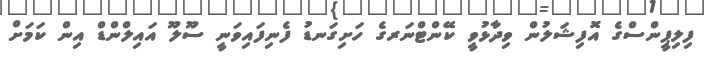
ފިލިޕީންސްގެ އޮފިޝަލުން ވިދާޅުވީ ކޭންޓްނަރގެ ހަށިގަނޑު ފެނިފައިވަނީ ސޫލޫ އައިލްންޑް އިން ކަމަށް